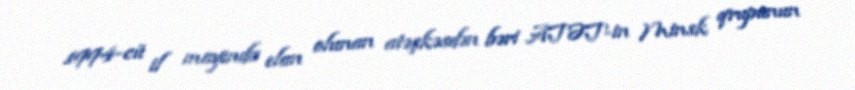
1994-cü il mayında elan olunan atəşkəsdən bəri ATƏT-in Minsk qrupunun